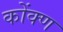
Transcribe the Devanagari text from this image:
कोंक्ण